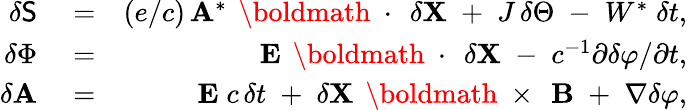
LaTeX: \begin{array}{rlr}{\delta{\sf S}}&{{}=}&{(e/c)\, {\mathbf A}^{*}\, \mathrm{~\boldmath~\cdot~}\, \delta{\mathbf X}\; +\; J\, \delta\Theta\; -\; W^{*}\; \delta t,}\\ {\delta\Phi}&{{}=}&{{\mathbf E}\, \mathrm{~\boldmath~\cdot~}\, \delta{\mathbf X}\; -\; c^{-1}\partial\delta\varphi/\partial t,}\\ {\delta{\mathbf A}}&{{}=}&{{\mathbf E}\; c\, \delta t\; +\; \delta{\mathbf X}\, \mathrm{~\boldmath~\times~}\, {\mathbf B}\; +\; \nabla\delta\varphi,}\end{array}